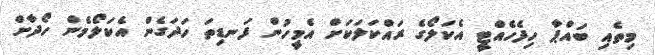
މިތެއި ބައްޕާ ހިފެހެއްޓީ އެކަލޯގެ ރައްކަލަކަށް އެމީހުން ފަނޑިތަ ހަދަގެން އެކަލޯމެން ހޯދާށް